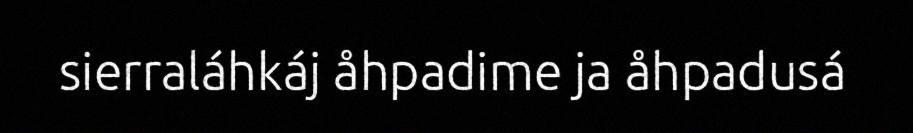
sierraláhkáj åhpadime ja åhpadusá